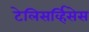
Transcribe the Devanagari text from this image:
टेलिसर्व्हिसेस